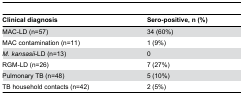
| Clinical diagnosis | Sero-positive, n (%) |
 | --- | --- |
 | MAC-LD (n=57) | 34 (60%) |
 | MAC contamination (n=11) | 1 (9%) |
 | M. kansasii-LD (n=13) | 0 |
 | RGM-LD (n=26) | 7 (27%) |
 | Pulmonary TB (n=48) | 5 (10%) |
 | TB household contacts (n=42) | 2 (5%) |